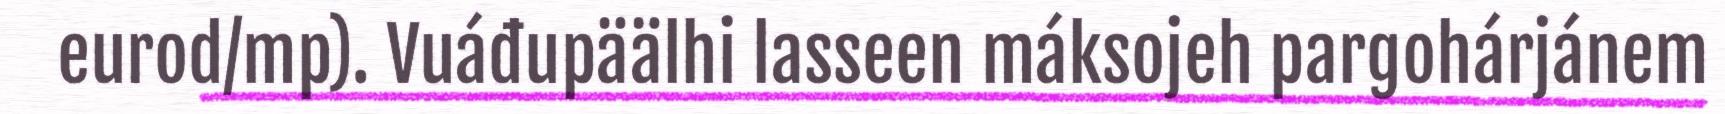
eurod/mp). Vuáđupäälhi lasseen máksojeh pargohárjánem